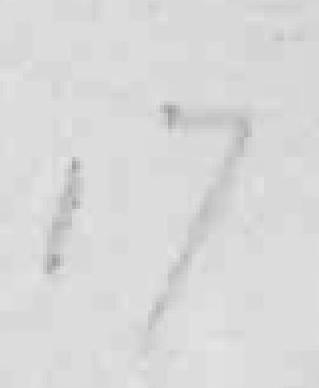
17